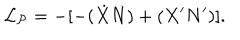
LaTeX: { \cal L _ { P } } = - [ - ( \dot { X } \dot { N } ) + ( X ^ { \prime } N ^ { \prime } ) ] .